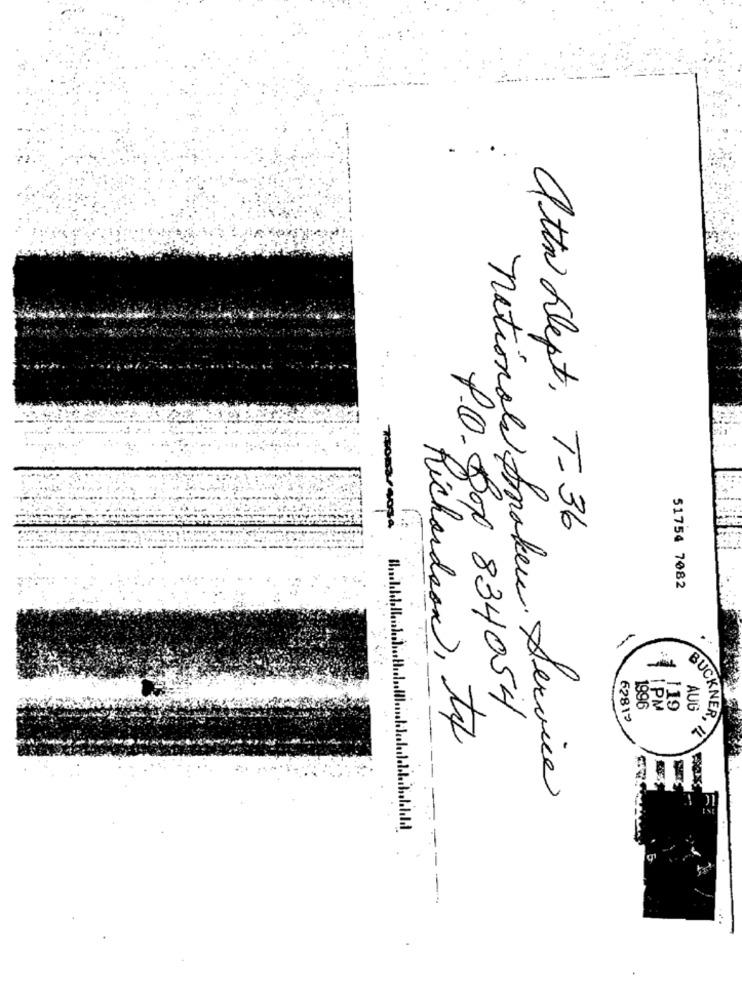
Tomarsog4
attn Dept, T-36
51754 7082
1996
1PM
119
AUG
P.O.Box 834054
62812
BUCKNER,
Richardson, to
nationale Smaker. Service
----